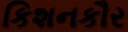
કિશનકૌર